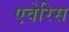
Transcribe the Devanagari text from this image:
एवेरिस